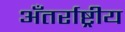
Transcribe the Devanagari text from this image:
अँतर्राष्ट्रीय